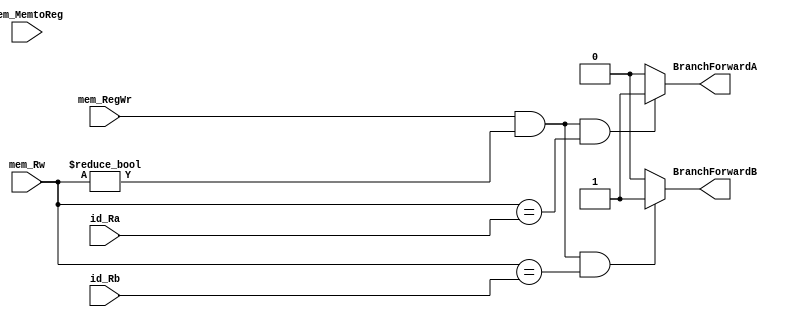
module BranchForwardingUnit(id_Ra, id_Rb, mem_Rw, mem_RegWr, mem_MemtoReg,
                            BranchForwardA, BranchForwardB);
	input [4:0] id_Ra;
	input [4:0] id_Rb;
	input [4:0] mem_Rw;
	input 		mem_MemtoReg;
	input 		mem_RegWr;
	output  reg BranchForwardA;
	output	reg BranchForwardB;

	initial begin
		BranchForwardA = 0;
		BranchForwardB = 0;
	end
	always @(*) begin
		if (mem_RegWr == 1 && mem_Rw != 0 && mem_Rw == id_Ra)
			 BranchForwardA <= 1 ; 
		else 
			 BranchForwardA <= 0 ;

		if (mem_RegWr == 1 && mem_Rw != 0 && mem_Rw == id_Rb)
			 BranchForwardB <= 1 ; 
		else 
		     BranchForwardB <= 0 ;
	end
endmodule